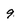
Character: 9